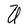
Character: U